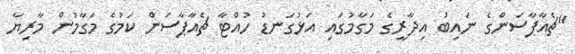
"ޗެއާޕާސަންގެ ނައިބު އިދާރީގެ މަގާމުގައި އަޅުގަނޑު ހުއްޓާ ޗެއާޕާސަން ކަމުގެ މަގާމުން މާރިޔާ